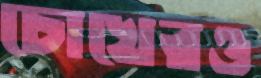
চোখেরও